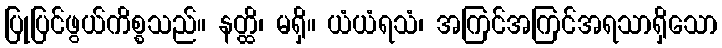
ပြုပြင်ဖွယ်ကိစ္စသည်။ နတ္ထိ၊ မရှိ။ ယံယံရသံ၊ အကြင်အကြင်အရသာရှိသော